Insane asylums in Bengal annual reports 1876-1887 - 1876-1887
Year: 1876
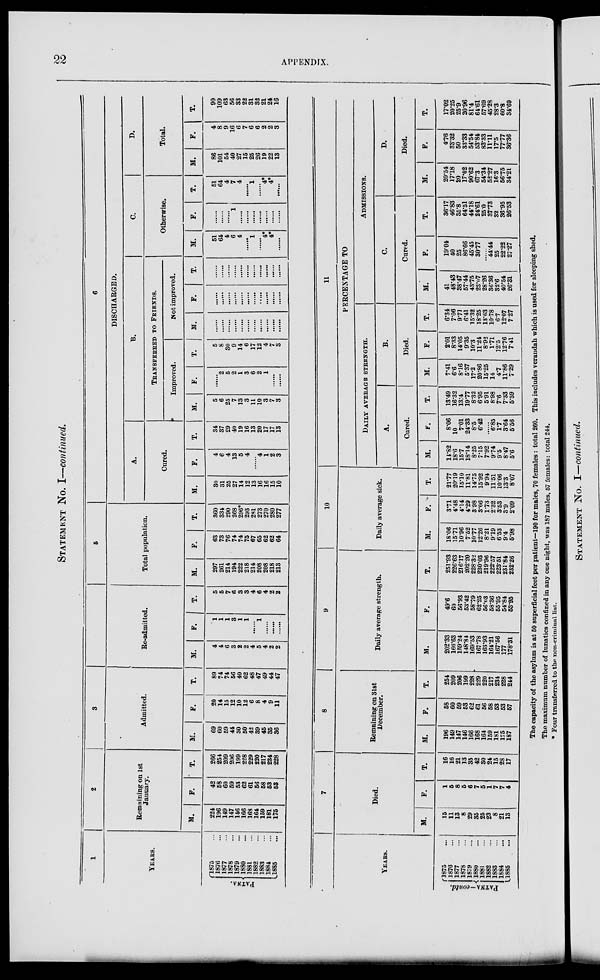
22 APPENDIX.
STATEMENT No. I—continued.
1
YEARS.
PATNA.
1875 ...
1876 ...
1877 ...
1878 ...
1879 ...
1880 ...
1881 ...
1882 ...
1883 ...
1884 ...
1885 ...
2
Remaining on 1st
January.
M.
224
196
149
147
146
166
168
164
159
181
175
F.
42
58
60
59
53
62
61
56
58
53
53
T.
266
254
209
206
199
228
229
220
217
234
228
3
Admitted.
M.
69
60
59
44
30
50
42
39
45
35
36
F.
20
14
15
12
10
12
6
8
4
9
11
T.
89
74
74
56
40
62
48
47
49
44
47
4
Re-admitted.
M.
4
4
6
3
2
2
4
5
4
2
2
F.
1
1
1
3
1
1
......
1
......
......
......
T.
5
5
7
6
3
3
4
6
4
2
2
5
Total population.
M.
297
261
214
194
222
218
214
208
208
218
213
F.
63
73
76
74
74
75
67
65
62
62
64
T.
360
334
290
268
296*
293
281
273
270
280
277
6
DISCHARGED.
A.
Cured.
M.
30
31
25
27
14
12
13
16
16
15
10
F.
4
6
4
13
5
4
......
4
1
2
3
T.
34
37
29
40
19
16
13
20
17
17
13
B.
TRANSFERED TO FRIENDS.
Improved.
M.
5
6
25
7
13
3
11
10
3
7
3
F.
......
2
5
2
1
3
6
2
1
......
......
T.
5
8
30
9
14
6
17
12
4
7
3
Not improved.
M.
......
......
......
......
......
......
......
......
......
......
......
F.
......
......
......
......
......
......
......
......
......
......
T.
......
......
......
......
......
......
......
......
......
......
......
C.
Otherwise.
M.
51
64
4
6
4
......
1
......
4*
4*
......
F.
......
......
......
1
......
......
......
......
......
......
......
T.
51
64
4
7
4
......
1
......
4*
4*
......
D.
Total.
M.
86
101
54
40
27
15
25
26
19
22
13
F.
4
8
9
16
6
7
6
6
2
2
3
T.
90
109
63
56
33
22
31
32
21
24
16
YEARS.
PATNA—contd.
1875 ...
1876 ...
1877 ...
1878 ...
1879 ...
1880 ...
1881 ...
1882 ...
1883 ...
1884 ...
1885 ...
7
Died.
M.
15
11
13
8
29
35
25
23
8
21
13
F.
1
5
8
5
6
7
5
1
7
7
4
T.
16
16
21
13
35
42
30
24
15
28
17
8
Remaining on 31st
December.
M.
196
149
147
146
166
168
164
159
181
175
187
F.
58
60
59
53
62
61
56
58
53
53
57
T.
254
209
206
199
228
229
220
217
234
228
244
9
Daily average strength.
M.
202.33
166.63
159.24
148.84
169.53
167.78
163.93
164.21
167.56
177
178.31
F.
49.6
60
56.93
53.42
58.79
62.25
56.03
58.36
55.95
54.84
53.95
T.
251.93
226.63
216.17
202.20
228.32
230.03
219.96
222.57
223.51
231.84
232.26
10
Daily average sick.
M.
18.06
15.71
10.96
7.52
10.77
12.26
8.21
9.19
6.53
9.4
5.98
F.
3.71
4.48
4.14
4.29
3.98
3.66
1.73
2.32
3.53
3.9
2.09
T.
21.77
20.19
15.10
11.81
14.75
15.92
9.94
11.51
10.06
13.3
8.07
11
PERCENTAGE TO
DAILY
AVERAGE
STREGHT.
A.
Cured.
M.
14.82
18.6
15.7
18.14
8.25
7.15
7.92
9.74
9.5
8.47
5.6
F.
8.06
10
7.01
24.33
8.5
6.42
......
6.85
1.7
3.64
5.56
T.
13.49
16.32
13.4
19.77
8.32
6.95
5.91
8.98
7.6
7.33
5.59
B.
Died.
M.
7.41
6.6
8.16
5.37
17.2
20.86
15.25
14
4.7
11.86
7.29
F.
2.01
8.33
14.05
9.35
10.3
11.24
8.92
1.71
12.5
12.76
7.41
T.
6.34
7.06
9.71
6.41
15.32
18.25
13.63
10.78
6.7
12.07
7.27
ADMISSIONS.
C.
Cured.
M.
41
48.43
38.47
57.44
43.75
23.67
28.26
36.36
32.6
40.54 26.31
F.
19.04
40
25
86.66
45. 45
30.77
...... 44.44
25
22.22 27.27
T.
36.17
46.83
35.8
64.51
44.18
24.61
25.0
37.73
32
36.95
26.53
D.
Died.
M.
20.54
17.18
20
17.02
90.62
67.3
54.34
52.27
16.3
56.75
34.21
F.
4.76
33.32
50
33.33
54.54
53.84
83.33
11.11
17.5
77.77
36.36
T.
17.02
20.25
25.9
20.96
81.4
64.61
57.69
45.28
28.3
60.8
34.69
The capacity of the asylum is at 50 superficial feet per patient—190 for males, 70 females: total 260. This includes verandah which is used for sleeping shed.
The maximum number of lunatics confined in any one night, was 187 males, 57 females: total 244.
* Four transferred to the non-criminal list.